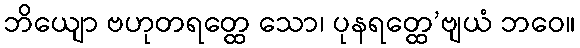
ဘိယျော ဗဟုတရတ္ထေ သော၊ ပုနရတ္ထေ’ဗျယံ ဘဝေ။